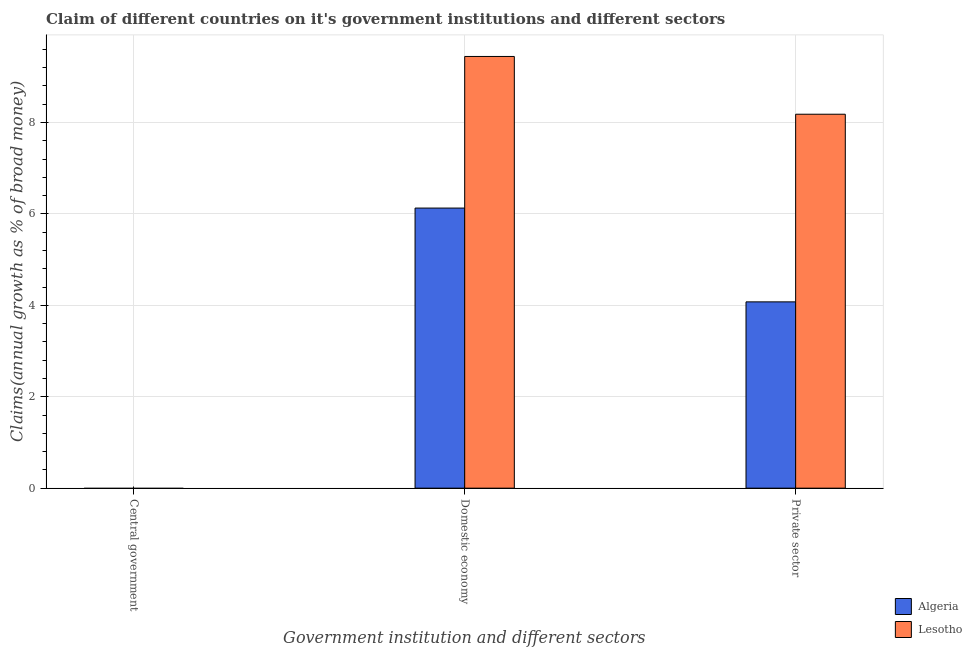
| Government institution and different sectors | Algeria | Lesotho |
 | --- | --- | --- |
 | Central government | -20.5 | -52 |
 | Domestic economy | 6.13 | 9.44 |
 | Private sector | 4.08 | 8.18 |